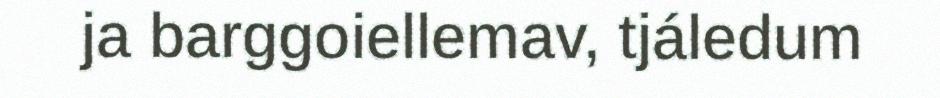
ja barggoiellemav, tjáledum